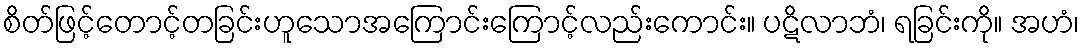
စိတ်ဖြင့်တောင့်တခြင်းဟူသောအကြောင်းကြောင့်လည်းကောင်း။ ပဋိလာဘံ၊ ရခြင်းကို။ အဟံ၊